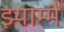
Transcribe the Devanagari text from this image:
झ्याम्मै